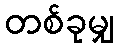
တစ်ခုမျှ